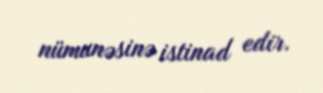
nümunəsinə istinad edir.